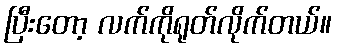
ပြီးတော့ လက်ကိုရုတ်လိုက်တယ်။